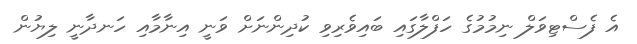
އެ ފެސްޓިވަލް ނިމުމުގެ ހަފްލާގައި ބައިވެރިވި ކުދިންނަށް ވަނީ އިނާމާއި ހަނދާނީ ލިޔުން